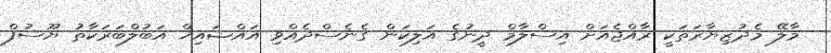
މާލޭ މެދުޒިޔާރަތަކީ ރާއްޖެއަށް އިސްލާމް ދީނުގެ އަލިކަން ގެނެސްދެއްވި އައްޝައިޚް އަބުލްބަރަކާތު ޔޫސުފް